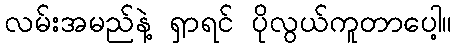
လမ်းအမည်နဲ့ ရှာရင် ပိုလွယ်ကူတာပေါ့။